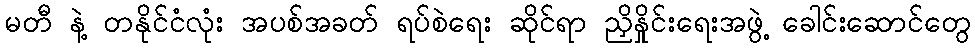
မတီ နဲ့ တနိုင်ငံလုံး အပစ်အခတ် ရပ်စဲရေး ဆိုင်ရာ ညှိနှိုင်းရေးအဖွဲ့ ခေါင်းဆောင်တွေ